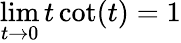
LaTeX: \operatorname*{lim}_{t\to 0}t\cot(t)=1